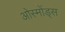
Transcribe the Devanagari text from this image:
ओस्मोंड्स